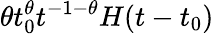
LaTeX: \theta t_{0}^{\theta}t^{-1-\theta}H(t-t_{0})